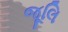
જૂલિ